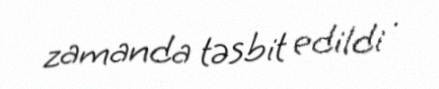
zamanda təsbit edildi .